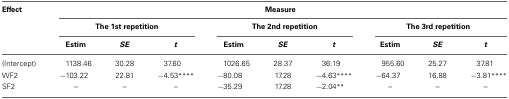
<table><thead><tr><td><b>Effect</b></td><td colspan="9"><b>Measure</b></td></tr><tr><td></td><td colspan="3"><b>The 1st repetition</b></td><td colspan="3"><b>The 2nd repetition</b></td><td colspan="3"><b>The 3rd repetition</b></td></tr><tr><td></td><td><b>Estim</b></td><td><b><i>SE</i></b></td><td><b><i>t</i></b></td><td><b>Estim</b></td><td><b><i>SE</i></b></td><td><b><i>t</i></b></td><td><b>Estim</b></td><td><b><i>SE</i></b></td><td><b><i>t</i></b></td></tr></thead><tbody><tr><td>(Intercept)</td><td>1138.46</td><td>30.28</td><td>37.60</td><td>1026.65</td><td>28.37</td><td>36.19</td><td>955.60</td><td>25.27</td><td>37.81</td></tr><tr><td>WF2</td><td>−103.22</td><td>22.81</td><td>−4.53<sup>****</sup></td><td>−80.08</td><td>17.28</td><td>−4.63<sup>****</sup></td><td>−64.37</td><td>16.88</td><td>−3.81<sup>****</sup></td></tr><tr><td>SF2</td><td>–</td><td>–</td><td>–</td><td>−35.29</td><td>17.28</td><td>−2.04<sup>**</sup></td><td>–</td><td>–</td><td>–</td></tr></tbody></table>